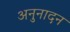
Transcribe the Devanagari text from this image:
अनुनादन